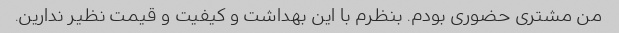
من مشتری حضوری بودم. بنظرم با این بهداشت و کیفیت و قیمت نظیر ندارین.